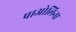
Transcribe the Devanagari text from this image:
पाओलिना